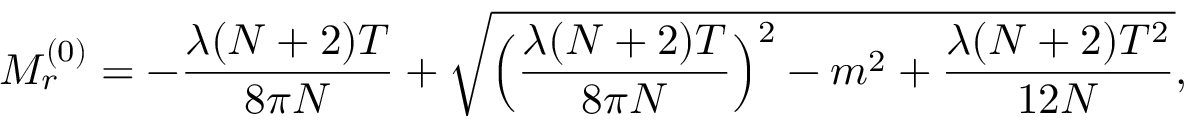
M _ { r } ^ { ( 0 ) } = - \frac { \lambda ( N + 2 ) T } { 8 \pi N } + \sqrt { \Bigl ( \frac { \lambda ( N + 2 ) T } { 8 \pi N } \Bigr ) ^ { 2 } - m ^ { 2 } + \frac { \lambda ( N + 2 ) T ^ { 2 } } { 1 2 N } } ,